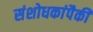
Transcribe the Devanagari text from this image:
संशोधकांपैकी